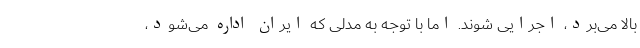
بالا می‌برد، اجرایی شوند. اما با توجه به مدلی که ایران اداره می‌شود،